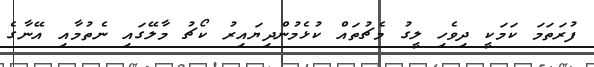
ފުރަތަމަ ކަމަކީ ދިވެހި ލީގު މެޗުތައް ކުޅެމުންދިޔައިރު ކޯޗު މާލޭގައި ނެތުމާއި އޭނާގެ